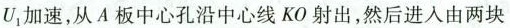
U_{1} 加速，从A板中心孔沿中心线KO射出，然后进入由两块